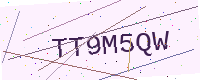
Text: TT9M5QW